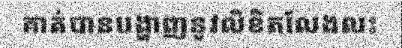
គាត់បានបង្ហាញនូវលិខិតលែងលះ